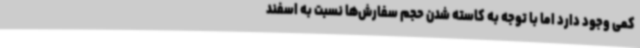
کمی وجود دارد اما با توجه به کاسته شدن حجم سفارش‌ها نسبت به اسفند